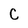
Character: C